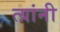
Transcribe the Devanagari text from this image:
त्य़ांनी